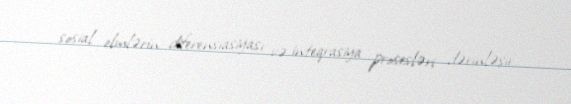
sosial elmlərin diferensiasiyası və inteqrasiya prosesləri dərinləşir.